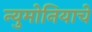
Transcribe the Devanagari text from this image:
न्युमोनियाचे